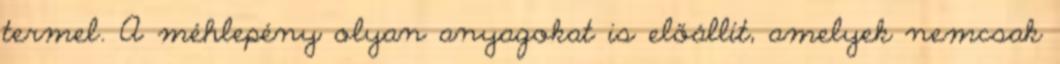
termel. A méhlepény olyan anyagokat is előállít, amelyek nemcsak